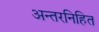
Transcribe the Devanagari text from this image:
अन्तरनिहित